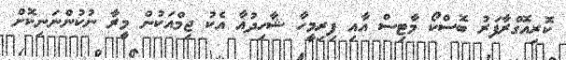
ކޮރިއޮގްރާފަރު ބޮސްކޯ މާޓިސް އާއި ފިރިމީހާ ޝާހިދުއާ އެކު ޖިމްއަކުން މީރާ ނުކުންނަނިކޮށް